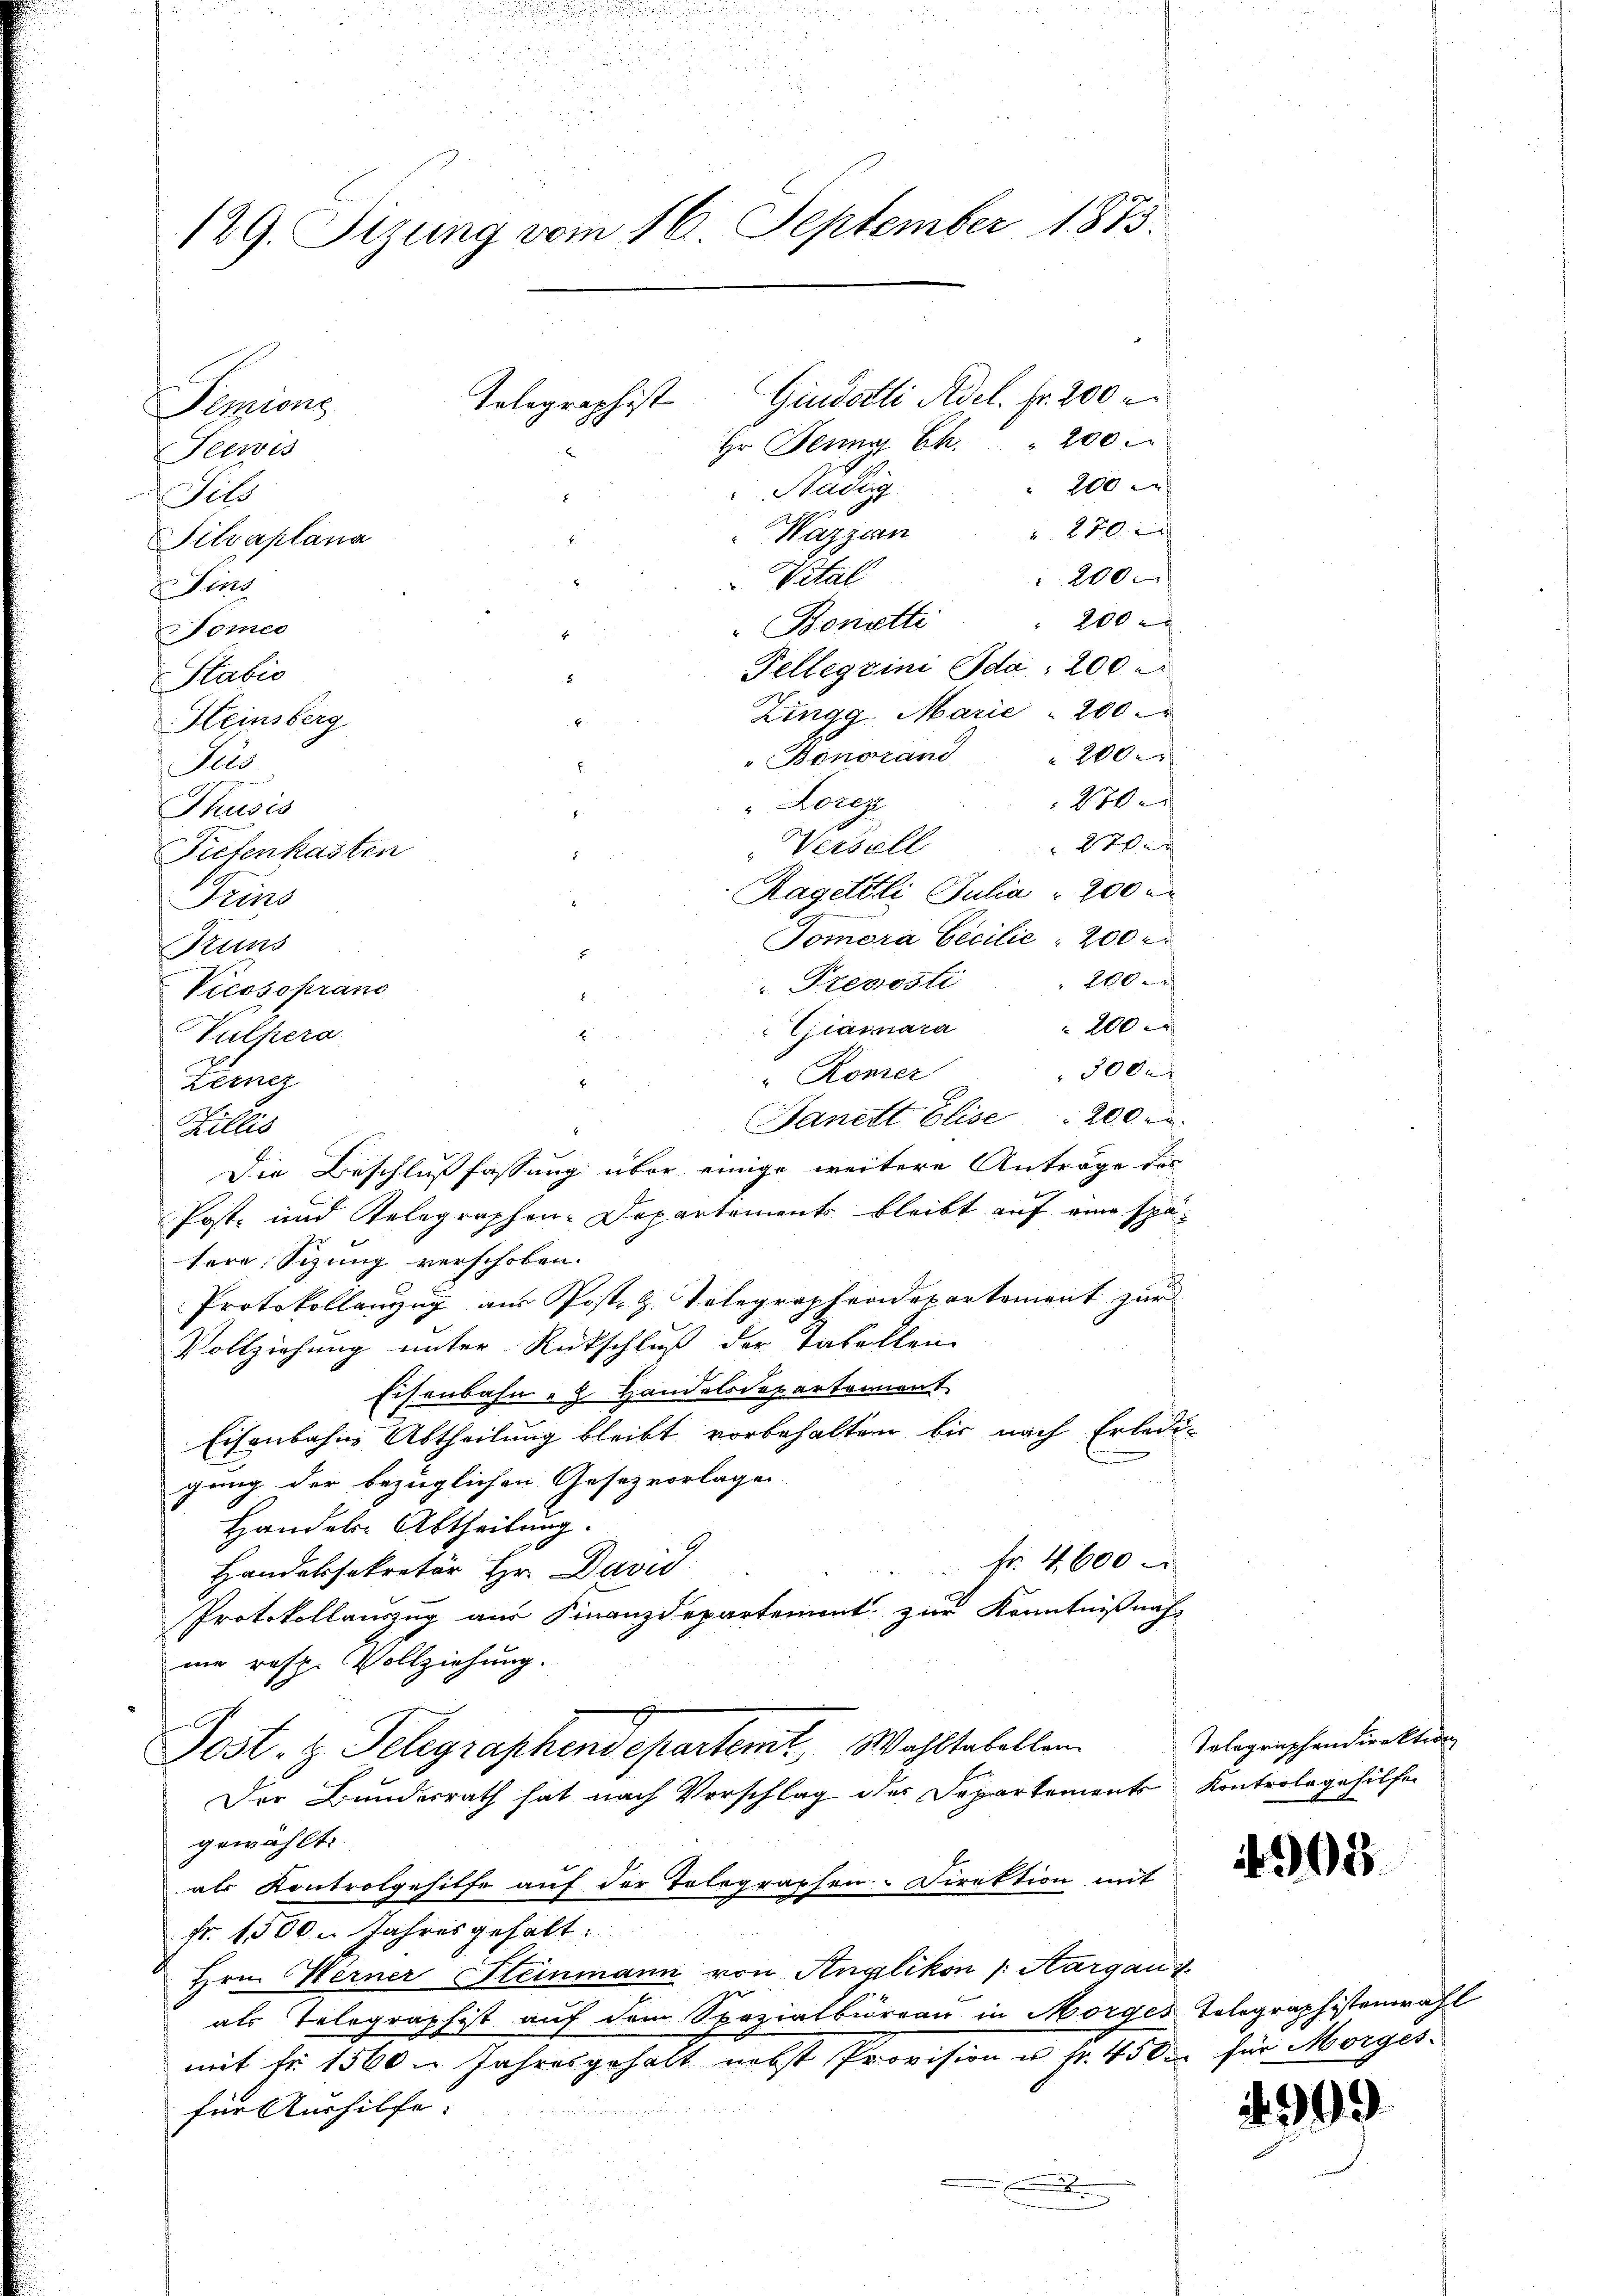
129. Sizung vom 16. September 1873.
Gidoli Adel. Fr. 200
Telegraphist
Penzions
200
Hr. Jenny Ch.
Teewis
200
Städti
Tils
 220
Wazzan
Silvaplana

200
Vital
Fins
200 x
Bonetti
Tomeo
Tellegzini Ida 200
Stabis
Zingg. Marie 200
"Bonorand " 200.
Juis
820
" Lorez
Thusis
2te
Versell
Tiefenkasten
Ragetéli Julia 200 m
Frins
Tomora becilie 200 f
Pruns
200
" Treposti
Vicosoprano
200
Giannara
300x
Römer
Sanett Elise 200.
Die Beschlußfassung über einige weitere Anträge des
Post- und Gelegraphen-Departements bleibt auf eine spätere Sizung verschoben.
Protokollanzug aus Post z. Telegraphendepartement zur
Vollziehung unter Rückschluß der Tabellen
Eisenbahn - Handelsdepartement
Eisenbahne Abtheilung bleibt vorbehalten bis nach Erledigung der bezüglichen Gesetz vorlage
Handels Abtheilung.
Fr. 4600
Handelssekretär Hr. David
Protokollauszug aus Finanzdepartement zur Kenntnißnah-
me resp. Vollziehung.
Post- & Telegraphendepartemt, Wahl tabellen.
Der Bundesrath hat nach Vorschlag des Departements Kontroleghilfen
gewählt:
als Kontrolgehilfe auf der Telegraphen- Direktion mit
fr. 1500 Jahres gehalt:
Hrn. Werner Steinmann von Anglikon /: Aargau i
als Telegraphist auf dem Spezialbüreau in Morges Telegraphistenwahl
mit Fr. 1560 Jahresgehalt nebst Provision u. fr. 450 für Morges.
für Aushilfe:
.

Heinsberg

Vulpers
Lerncz
Jullis

5
b
A

Telegraphendirektion

905.

999